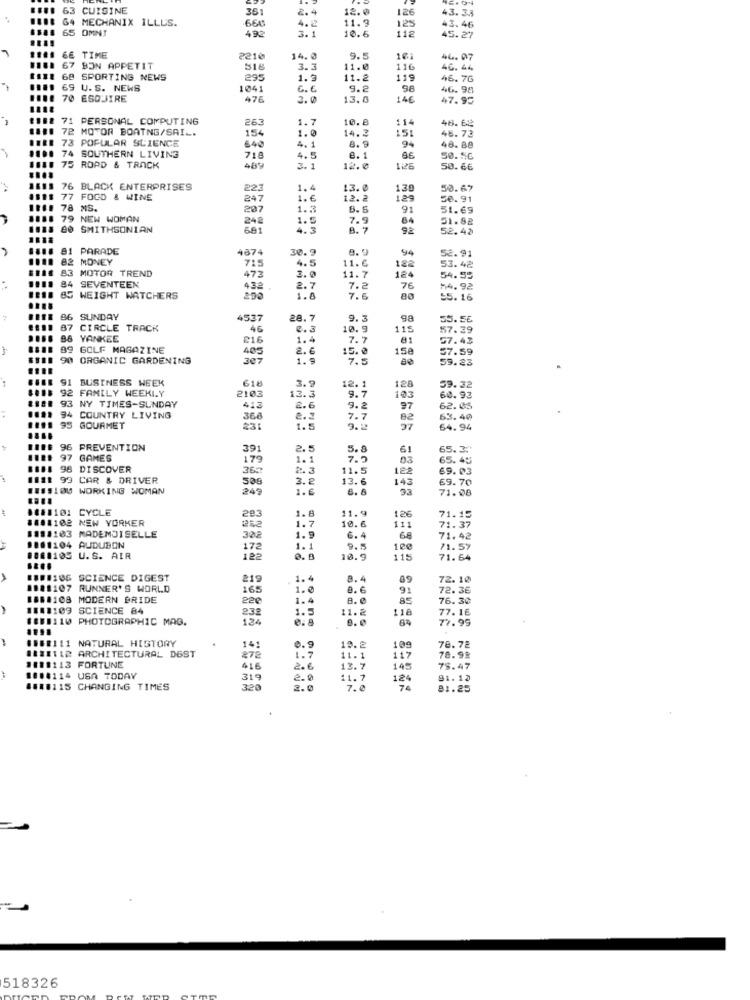
63 CUISINE
361
2. 4
12.0
126
43. 3.3
64 MECHANIX ILLUS.
4.2
11.9
125
65 OMN!
666
492
3.1
112
43.46
10.6
45.27
66 TIME
2210
14.0
9.5
101
46. 07
67 BON APPETIT
518
3.3
11.0
116
46. 44
68 SPORTING NEWS
295
1.3
11.2
119
46.7G
69 U. S. NEWS
1041
6. €
9.2
46.98
70 ESQUIRE
476
3.0
13.0
146
47.95
71 PERSONAL COMPUTING
263
1.7
10.8
114
48.62
72 MOTOR BOATNG/SAI -.
154
1.0
14.2
151
45.73
73 POPULAR SCIENCE
640
94
4.1
8.9
48. 88
74 SOUTHERN LIVING
718
4.5
e.
66
50.56
75 ROAD & TRACK
489
3.1
12.0
50.66
76 BLACK ENTERPRISES
223
1,4
13. 0
130
50.67
77 FOOD & WINE
247
1.6
12.2
129
50.91
78 MS.
207
1.2
91
51.69
79 NEW WOMAN
242
1.
7.9
84
51.82
80 SMITHSONIAN
591
4.3
B. 7
92
52.42
81 PARADE
4874
30.9
9.9
94
82 MONEY
715
11.C
52. 91
83 MOTOR TREND
4.5
3.0
11.7
122
124
53.42
84 SEVENTEEN
473
54.55
432
2.7
7.2
76
74.92
85 WEIGHT WATCHERS
1.8
7.6
80
55. 16
96 SUNDAY
4537
28.7
9.3
98
55.56
87
CIRCLE TRACK
46
2.3
10.9
115
57.39
88 YANKEE
£16
1.4
7.7
81
57.43
89 GOLF MAGAZINE
405
2. 6
15.0
15e
57.59
90 ORGANIC GARDENING
307
1.9
7.5
59.23
I BUSINESS WEEK
618
92 FAMILY WEEKI.Y
3.2
12.
128
59.32
93 NY TIMES-SUNDAY
2103
13.3
9.7
103
60.93
413
2.6
9.2
97
62.05
94 COUNTRY LIVING
366
7.7
82
63.40
95 GOURMET
231
1.5
27
54.94
....
96 PREVENTION
391
2.5
61
65.30
97 GAMES
179
1. 1
03
65.45
98 DISCOVER
362
11.5
122
69.03
99 CAR & DRIVER
50G
3.8
13.6
143
69.70
1.15100 WORKING WOMAN
249
1.6
3.3
71.08
1111101 CYCLE
11.9
1111102 NEW YORKER
293
1.8
10.6
126
71.15
252
1.7
111
71.37
1111103 MADEMOISELLE
322
1.5
6.4
68
71.42
1001104 AUDUBON
172
1.
71.57
18:1105 U.S. AIR
122
A. B
10.5
115
71.64
###1106 SCIENCE DIGEST
219
1.4
8. 4
89
72.10
1121107
RUNNER'S WORLD
165
1.0
91
72.36
18.108 MODERN BRIDE
220
1.4
8. 0
85
76.30
1111109
SCIENCE 84
232
1.5
11.2
118
77. 16
1881110 PHOTOGRAPHIC MAG.
124
0. 8
77.99
108#111
NATURAL HISTORY
111112 ARCHITECTURAL DEST
141
0.9
1.7
19.2
109
78.78
111113
272
11.1
117
78.98
FORTUNE
416
2.6
13.7
145
78.47
004114 USA TODAY
319
11.7
124
91.10
018115 CHANGING TIMES
320
2.0
7.0
74
81.25
518326